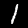
Digit: 1